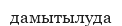
дамытылуда